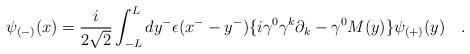
LaTeX: \begin{align*}\psi_{(-)}(x)=\frac{i}{2\sqrt{2}}\int_{-L}^L dy^{-} \epsilon(x^- -y^-)\{i\gamma^0\gamma^k\partial_k -\gamma^0M(y)\}\psi_{(+)}(y) \quad. \end{align*}